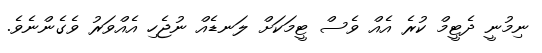
ނިމުނީ ދެޓީމް ކުރެ އެއް ވެސް ޓީމަކަށް ލަނޑެއް ނުޖެހި އެއްވަރު ވެގެންނެވެ.